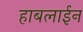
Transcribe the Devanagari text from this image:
हाबलाईन